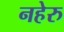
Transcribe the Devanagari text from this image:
नहेरु